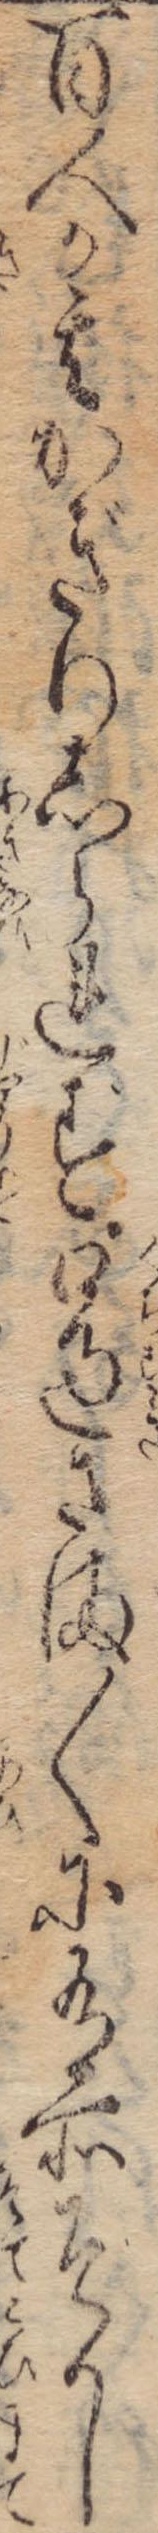
百人か其かぎりしられず口過さま〱に有所そかし